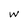
Character: w